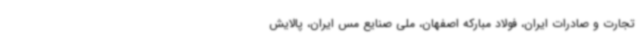
تجارت و صادرات ایران، فولاد مبارکه اصفهان، ملی صنایع مس ایران، پالایش